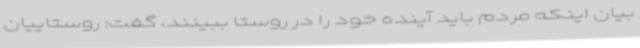
بیان اینکه مردم باید آینده خود را در روستا ببینند، گفت: روستاییان